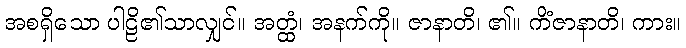
အစရှိသော ပါဠိ၏သာလျှင်။ အတ္ထံ၊ အနက်ကို။ ဇာနာတိ၊ ၏။ ကိံဇာနာတိ၊ ကား။